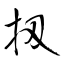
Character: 扨